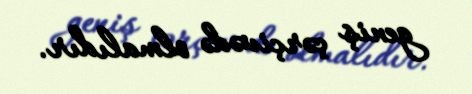
geniş çərçivədə olmalıdır.